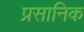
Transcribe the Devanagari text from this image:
प्रसानिक